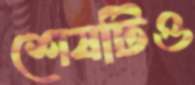
শেষটিও